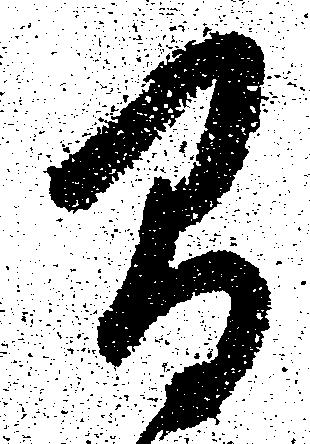
間